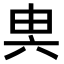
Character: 𠔔